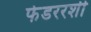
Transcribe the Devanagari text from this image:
फेडररशी